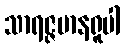
သာရဇ္ဇမာနရူပါ